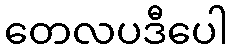
တေလပဒီပေါ